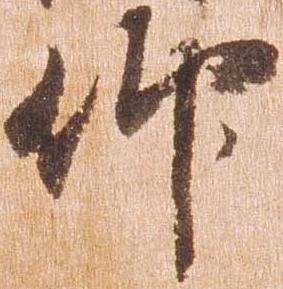
仰